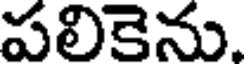
పలికెను.